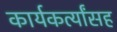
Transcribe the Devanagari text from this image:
कार्यकर्त्यांसह